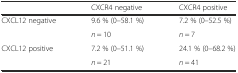
<table><thead><tr><td></td><td><b>CXCR4 negative</b></td><td><b>CXCR4 positive</b></td></tr></thead><tbody><tr><td rowspan="2">CXCL12 negative</td><td>9.6 % (0–58.1 %)</td><td>7.2 % (0–52.5 %)</td></tr><tr><td><i>n</i> = 10</td><td><i>n</i> = 7</td></tr><tr><td rowspan="2">CXCL12 positive</td><td>7.2 % (0–51.1 %)</td><td>24.1 % (0–68.2 %)</td></tr><tr><td><i>n</i> = 21</td><td><i>n</i> = 41</td></tr></tbody></table>